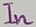
Text: In